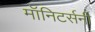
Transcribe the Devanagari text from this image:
मॉनिटर्सनी